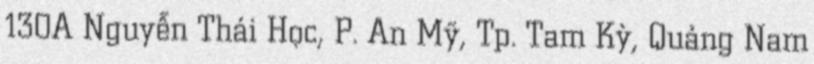
130A Nguyễn Thái Học, P. An Mỹ, Tp. Tam Kỳ, Quảng Nam